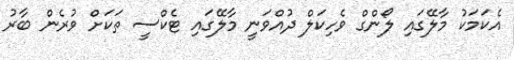
އެކަމަކު މާލޭގައި ލޯންގް ވެހިކަލް ދުއްވަނީ މާލޭގައި ޓެކްސީ ތަކަށް ވުރެން ބާރު